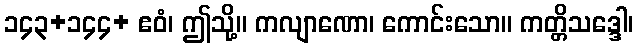
၁၄၃+၁၄၄+ ဧဝံ၊ ဤသို့။ ကလျာဏော၊ ကောင်းသော။ ကတ္တိသဒ္ဒေါ၊